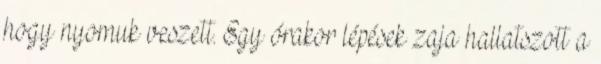
hogy nyomuk veszett. Egy órakor lépések zaja hallatszott a